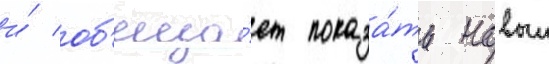
и́ об'еща́ет показа́ть новыи